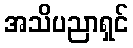
အသိပညာရှင်